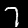
Label: 7